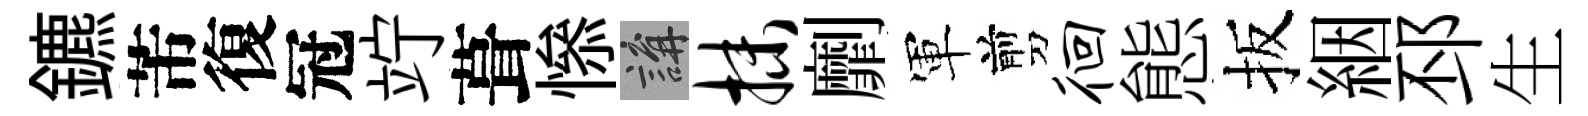
鑣芾復冠竚葺𢡖講抹劘軍剪徊態扳絪邳生